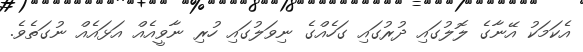
އެކަމަކު އޭނާގެ ލޮލުގައި ދުރުގައި ގަހެއްގެ ނިވަލުގައި ހުރި ނާވީއެއް އަޅައެއް ނުގަތެވެ.